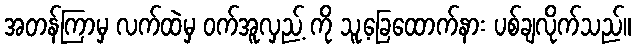
အတန်ကြာမှ လက်ထဲမှ ဝက်အူလှည့် ကို သူ့ခြေထောက်နား ပစ်ချလိုက်သည်။